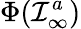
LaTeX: \Phi({\cal I}_{\infty}^{a})